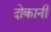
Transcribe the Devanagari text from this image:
दोकानी